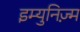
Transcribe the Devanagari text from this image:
इम्युनिज़्म